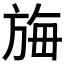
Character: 𬀆